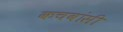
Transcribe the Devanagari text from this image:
कचवांसी